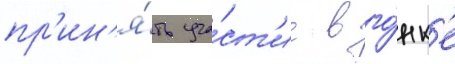
пр'ин'я́ть уча́ст'ие в го́нк'е